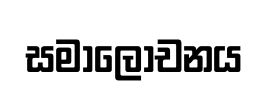
සමාලෝචනය